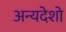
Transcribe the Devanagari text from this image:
अन्यदेशो